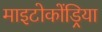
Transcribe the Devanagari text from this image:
माइटोकोंड्रिया